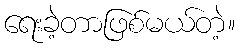
ရေးခဲ့တာဖြစ်မယ်တဲ့။